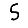
Digit: 5